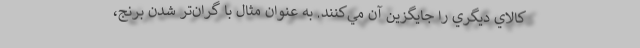
كالاي ديگري را جايگزين آن مي‌كنند. به عنوان مثال با گران‌تر شدن برنج،